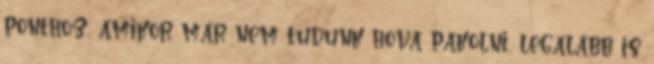
ponthoz, amikor már nem tudunk hova pakolni, legalább is